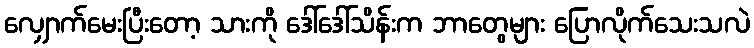
လျှောက်မေးပြီးတော့ သားကို ဒေါ်ဒေါ်သိန်းက ဘာတွေများ ပြောလိုက်သေးသလဲ